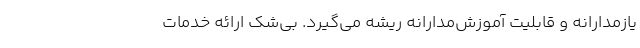
یازمدارانه و قابلیت آموزش‌مدارانه ریشه می‌گیرد. بی‌شک ارائه خدمات